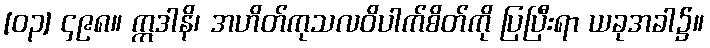
[၀၃] ၄၉၈။ ဣဒါနိ၊ အဟိတ်ကုသလဝိပါက်စိတ်ကို ပြပြီးရာ ယခုအခါ၌။